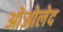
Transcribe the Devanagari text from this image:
ओओलेद